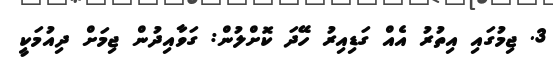
3. ޖިމުގައި އިތުރު އެއް ގަޑިއިރު ހޭދަ ކޮށްލުން: ގަވާއިދުން ޖިމަށް ދިއުމަކީ